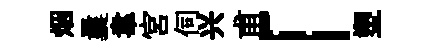
烟曩韋宮伺兴甫「塑